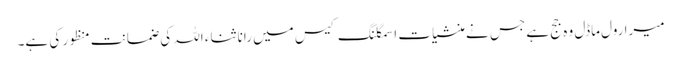
میرا رول ماڈل وہ جج ہے جس نے منشیات اسمگلنگ کیس میں رانا ثناء اللہ کی ضمانت منظور کی ہے۔